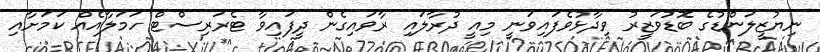
ނިޔުޒީލަންޑުގެ ބޮޑުވަޒީރު ވިދާޅުވެފައިވަނީ މިއީ ދުރާލައި ރާވައިގެން ދީފައިވާ ޓެރަރިސްޓް ހަމަލާއެއް ކަމަށާއި